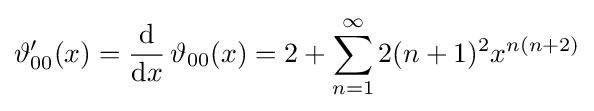
\vartheta _{00}'(x)={\frac {\mathrm {d} }{\mathrm {d} x}}\,\vartheta _{00}(x)=2+\sum _{n=1}^{\infty }2(n+1)^{2}x^{n(n+2)}